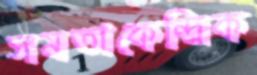
সমতাকেন্দ্রিক